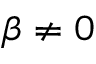
\beta \ne 0